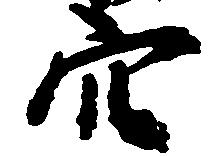
穴